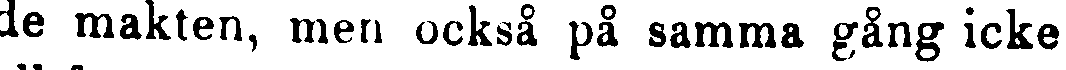
de makten, men också på samma gång icke